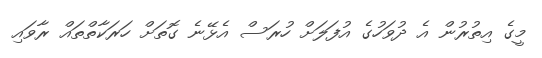
މީގެ އިތުރުން އެ ދުވަހުގެ އުފަލަށް ހުރަސް އެޅޭނެ ގޮތަށް ހަރަކާތްތައް ރާވައި